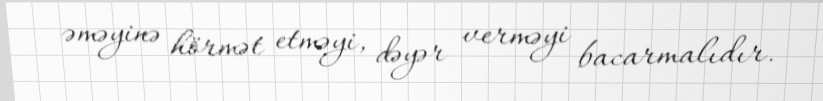
əməyinə hörmət etməyi, dəyər verməyi bacarmalıdır.